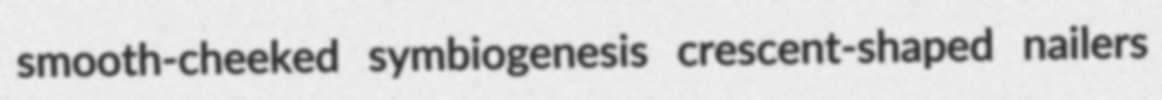
smooth-cheeked symbiogenesis crescent-shaped nailers